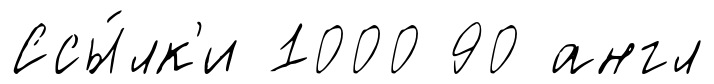
Ссы́лк'и 1000 90 англ